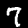
Label: 7